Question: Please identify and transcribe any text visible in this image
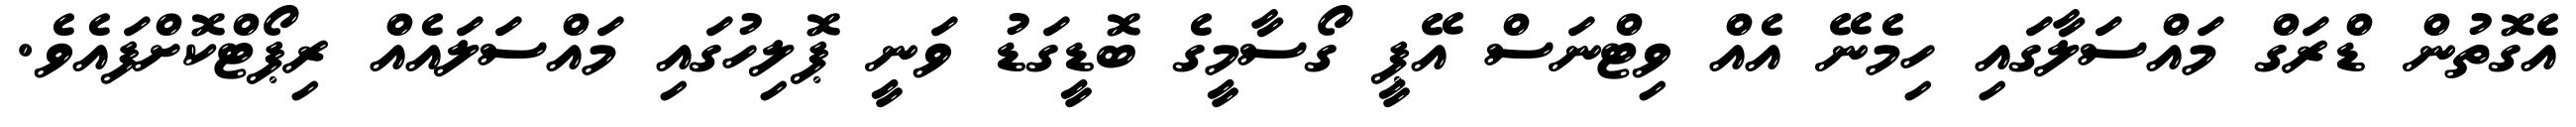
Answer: އެގޮތުން ޑްރަގް މައްސަލާގައި ހިމެނޭ އެއް ވިޓްނަސް އޭޕީ ގޯސާމީގެ ބޮޑީގަޑު ވަނީ ޕޮލިހުގައި މައްސަލައެއް ރިޕޯޓްކޮށްފައެވެ.